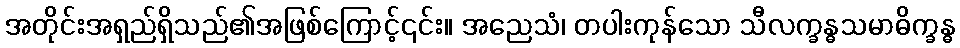
အတိုင်းအရှည်ရှိသည်၏အဖြစ်ကြောင့်၎င်း။ အညေသံ၊ တပါးကုန်သော သီလက္ခန္ဓသမာဓိက္ခန္ဓ